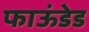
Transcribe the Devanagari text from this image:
फाऊंडेड